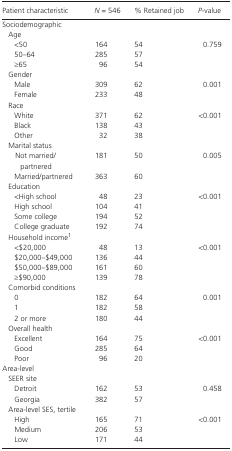
<table><thead><tr><td><b>Patient characteristic</b></td><td><b><i>N</i> = 546</b></td><td><b>% Retained job</b></td><td><b><i>P</i>‐value</b></td></tr></thead><tbody><tr><td colspan="4">Sociodemographic</td></tr><tr><td colspan="4">Age</td></tr><tr><td>&lt;50</td><td>164</td><td>54</td><td rowspan="3">0.759</td></tr><tr><td>50–64</td><td>285</td><td>57</td></tr><tr><td>≥65</td><td>96</td><td>54</td></tr><tr><td colspan="4">Gender</td></tr><tr><td>Male</td><td>309</td><td>62</td><td rowspan="2">0.001</td></tr><tr><td>Female</td><td>233</td><td>48</td></tr><tr><td colspan="4">Race</td></tr><tr><td>White</td><td>371</td><td>62</td><td rowspan="3">&lt;0.001</td></tr><tr><td>Black</td><td>138</td><td>43</td></tr><tr><td>Other</td><td>32</td><td>38</td></tr><tr><td colspan="4">Marital status</td></tr><tr><td>Not married/partnered</td><td>181</td><td>50</td><td rowspan="2">0.005</td></tr><tr><td>Married/partnered</td><td>363</td><td>60</td></tr><tr><td colspan="4">Education</td></tr><tr><td>&lt;High school</td><td>48</td><td>23</td><td rowspan="4">&lt;0.001</td></tr><tr><td>High school</td><td>104</td><td>41</td></tr><tr><td>Some college</td><td>194</td><td>52</td></tr><tr><td>College graduate</td><td>192</td><td>74</td></tr><tr><td colspan="4">Household incomea</td></tr><tr><td>&lt;$20,000</td><td>48</td><td>13</td><td rowspan="4">&lt;0.001</td></tr><tr><td>$20,000–$49,000</td><td>136</td><td>44</td></tr><tr><td>$50,000–$89,000</td><td>161</td><td>60</td></tr><tr><td>≥$90,000</td><td>139</td><td>78</td></tr><tr><td colspan="4">Comorbid conditions</td></tr><tr><td>0</td><td>182</td><td>64</td><td rowspan="3">0.001</td></tr><tr><td>1</td><td>182</td><td>58</td></tr><tr><td>2 or more</td><td>180</td><td>44</td></tr><tr><td colspan="4">Overall health</td></tr><tr><td>Excellent</td><td>164</td><td>75</td><td rowspan="3">&lt;0.001</td></tr><tr><td>Good</td><td>285</td><td>64</td></tr><tr><td>Poor</td><td>96</td><td>20</td></tr><tr><td colspan="4">Area‐level</td></tr><tr><td colspan="4">SEER site</td></tr><tr><td>Detroit</td><td>162</td><td>53</td><td rowspan="2">0.458</td></tr><tr><td>Georgia</td><td>382</td><td>57</td></tr><tr><td colspan="4">Area‐level SES, tertile</td></tr><tr><td>High</td><td>165</td><td>71</td><td rowspan="3">&lt;0.001</td></tr><tr><td>Medium</td><td>206</td><td>53</td></tr><tr><td>Low</td><td>171</td><td>44</td></tr></tbody></table>